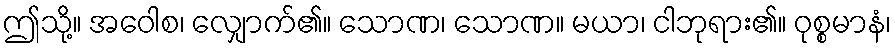
ဤသို့။ အဝေါစ၊ လျှောက်၏။ သောဏ၊ သောဏ။ မယာ၊ ငါဘုရား၏။ ဝုစ္စမာနံ၊